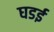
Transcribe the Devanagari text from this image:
घडई